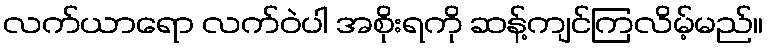
လက်ယာရော လက်ဝဲပါ အစိုးရကို ဆန့်ကျင်ကြလိမ့်မည်။